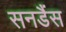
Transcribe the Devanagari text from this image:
सनडैंस